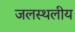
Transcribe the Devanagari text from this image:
जलस्थलीय